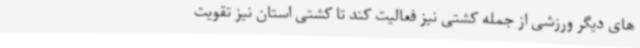
های دیگر ورزشی از جمله کشتی نیز فعالیت کند تا کشتی استان نیز تقویت